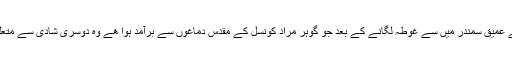
فکر کے عمیق سمندر میں سے غوطہ لگانے کے بعد جو گوہر مراد کونسل کے مقدس دماغوں سے برآمد ہوا ھے وہ دوسری شادی سے متعلق ھے ۔